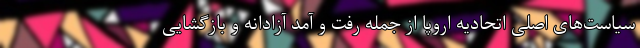
سیاست‌های اصلی اتحادیه اروپا از جمله رفت و آمد آزادانه و بازگشایی